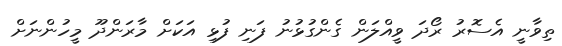
ތިވާނީ އެސޮރު ރޯދަ ވީއްލަން ގެންގުޅުނު ފަނި ފުޅި އަކަށް މާރަންދޫ މީހުންނަށް